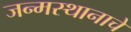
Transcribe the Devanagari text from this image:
जन्मस्थानाचे